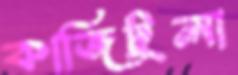
কাজিটুলা